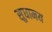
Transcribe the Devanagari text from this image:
सुधामय